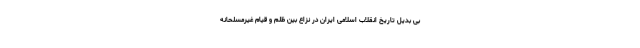
بی بدیل تاریخ انقلاب اسلامی ایران در نزاع بین ظلم و قیام غیرمسلحانه